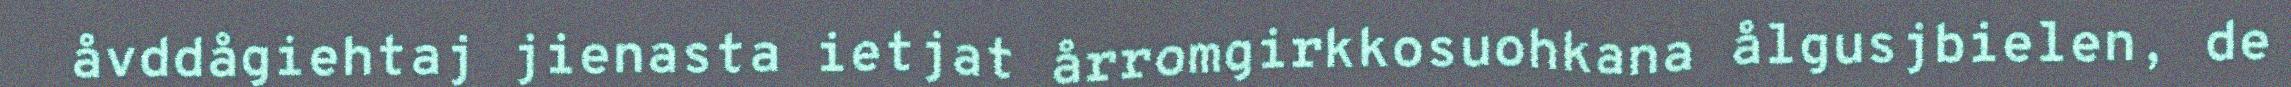
åvddågiehtaj jienasta ietjat årromgirkkosuohkana ålgusjbielen, de